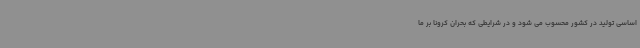
اساسی تولید در کشور محسوب می شود و در شرایطی که بحران کرونا بر ما